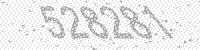
Solution: 528281